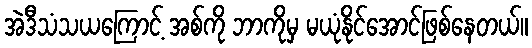
အဲဒီသံသယကြောင့် အစ်ကို ဘာကိုမှ မယုံနိုင်အောင်ဖြစ်နေတယ်။